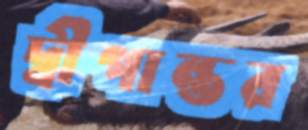
দ্বীপান্তর